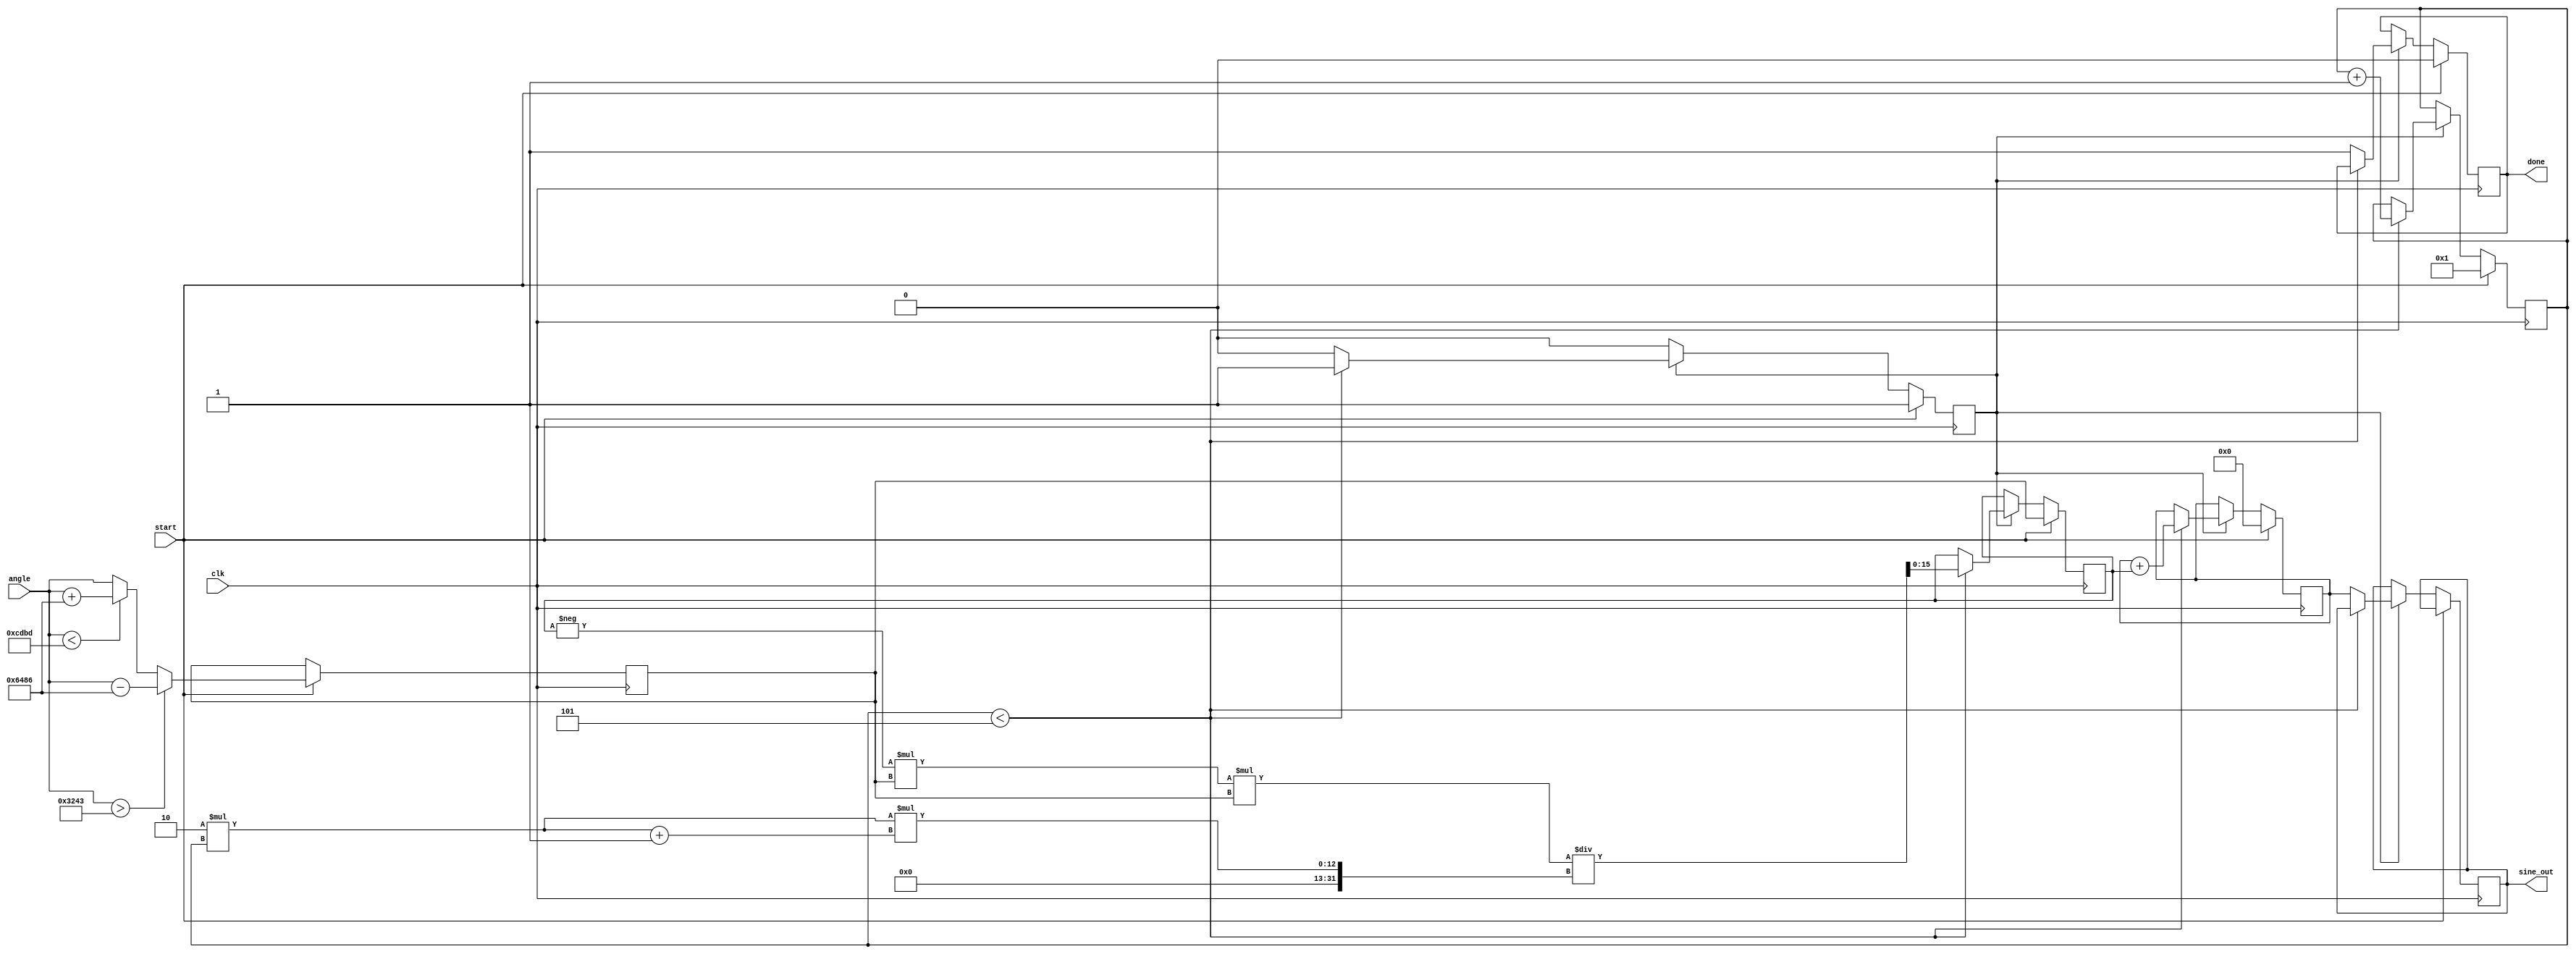
module sine_function (
    input wire [15:0] angle, // Input angle in fixed-point format (16 bits)
    output reg [15:0] sine_out, // Output sine value in fixed-point format (16 bits)
    input wire clk,
    input wire start,
    output reg done
);
    // Constants for Taylor series coefficients
    parameter PI = 16'h3243; // Approximation of  in fixed-point
    parameter MAX_TERMS = 5; // Number of terms in Taylor series

    reg [15:0] x; // Normalized angle
    reg [15:0] term; // Current term in the series
    reg [3:0] n; // Term index
    reg [15:0] sine_acc; // Accumulator for sine value
    reg calculating;

    // Normalize angle to the range [-, ]
    always @(posedge clk) begin
        if (start) begin
            x <= angle;
            if (angle > PI) begin
                x <= angle - (2 * PI);
            end else if (angle < -PI) begin
                x <= angle + (2 * PI);
            end
            sine_acc <= 0;
            term <= x; // First term is x
            n <= 1;
            calculating <= 1;
            done <= 0;
        end else if (calculating) begin
            // Calculate the next term in the Taylor series
            if (n < MAX_TERMS) begin
                sine_acc <= sine_acc + term;
                // Calculate the next term: (-1)^n * x^(2n+1) / (2n+1)!
                term <= -term * x * x / ((2*n) * (2*n + 1)); // Update term
                n <= n + 1;
            end else begin
                sine_out <= sine_acc; // Output the result
                calculating <= 0;
                done <= 1; // Indicate completion
            end
        end
    end
endmodule